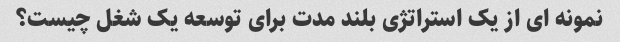
نمونه ای از یک استراتژی بلند مدت برای توسعه یک شغل چیست؟